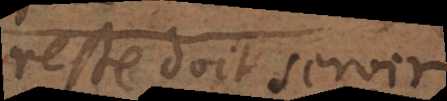
reste doit servir